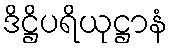
ဒိဋ္ဌိပရိယုဋ္ဌာနံ